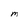
Character: M